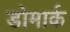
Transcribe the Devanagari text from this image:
डोमार्क